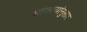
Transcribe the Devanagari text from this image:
सांगण्यांनुसार